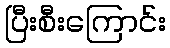
ပြီးစီးကြောင်း